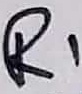
Text: R1